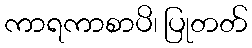
ကာရကာစာပိ၊ ပြုတတ်